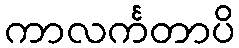
ကာလင်္ကတာပိ